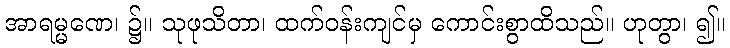
အာရမ္မဏေ၊ ၌။ သုဖုသိတာ၊ ထက်ဝန်းကျင်မှ ကောင်းစွာထိသည်။ ဟုတွာ၊ ၍။